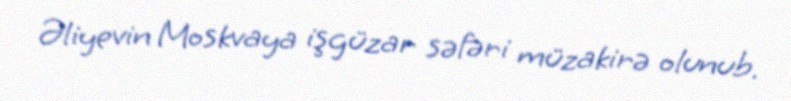
Əliyevin Moskvaya işgüzar səfəri müzakirə olunub.